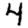
Digit: 4